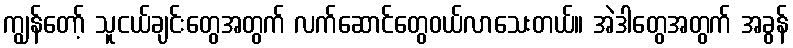
ကျွန်တော့် သူငယ်ချင်းတွေအတွက် လက်ဆောင်တွေဝယ်လာသေးတယ်။ အဲဒါတွေအတွက် အခွန်